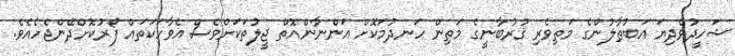
ޝަހީދުވެދިޔަ އަބުޠާލުންގެ މަތިވެރި ޤުރުބާނީގެ މަތިން ހަނދުމަކޮށް އަންނާންއޮތް ޖީލުތަކަށްވެސް އެވާހަކަތައް ފޯރުކޮށްދޭންޖެހެއެވެ.